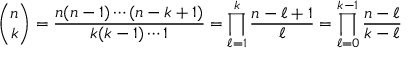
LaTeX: { \binom { n } { k } } = { \frac { n ( n - 1 ) \cdots ( n - k + 1 ) } { k ( k - 1 ) \cdots 1 } } = \prod _ { \ell = 1 } ^ { k } { \frac { n - \ell + 1 } { \ell } } = \prod _ { \ell = 0 } ^ { k - 1 } { \frac { n - \ell } { k - \ell } }